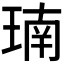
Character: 𪻳